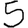
Digit: 5